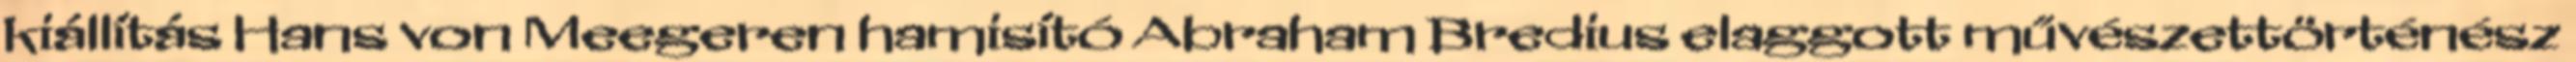
kiállítás Hans von Meegeren hamisító Abraham Bredius elaggott művészettörténész